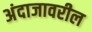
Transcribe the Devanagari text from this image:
अंदाजावरील